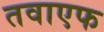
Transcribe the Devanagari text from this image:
तवाएफ